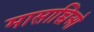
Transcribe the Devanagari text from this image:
मासाच्चिओ